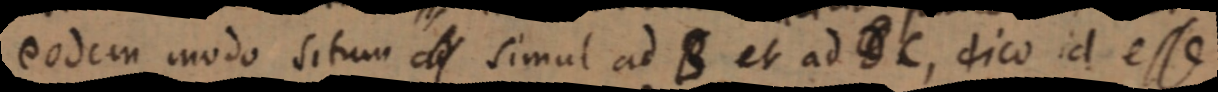
eodem modo situm ad simul ad B et ad DC, dico id esse